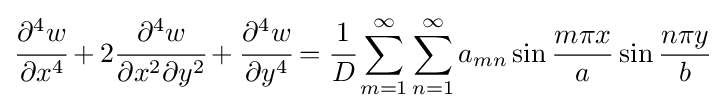
{\cfrac {\partial ^{4}w}{\partial x^{4}}}+2{\cfrac {\partial ^{4}w}{\partial x^{2}\partial y^{2}}}+{\cfrac {\partial ^{4}w}{\partial y^{4}}}={\cfrac {1}{D}}\sum _{m=1}^{\infty }\sum _{n=1}^{\infty }a_{mn}\sin {\frac {m\pi x}{a}}\sin {\frac {n\pi y}{b}}